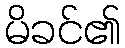
မိခင်၏